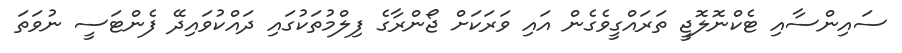
ސައިންސާއި ޓެކްނޮލޮޖީ ތަރައްގީވެގެން އައި ވަރަކަށް ޖޯންރާގެ ފިލްމުތަކުގައި ދައްކުވައިދޭ ފެންޓަސީ ނުވަތަ